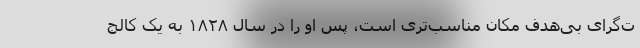
ت‌گرای بی‌هدف مکان مناسب‌تری است، پس او را در سال ۱۸۲۸ به یک کالج